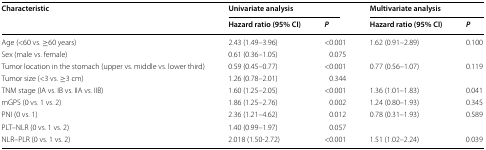
| <ROWSPAN=2> Characteristic | <COLSPAN=2> Univariate analysis | <COLSPAN=2> Multivariate analysis |
 | Hazard ratio (95% CI) | P | Hazard ratio (95% CI) | P |
 | --- | --- | --- | --- | --- |
 | Age (<60 vs. ≥60 years) | 2.43 (1.49–3.96) | <0.001 | 1.62 (0.91–2.89) | 0.100 |
 | Sex (male vs. female) | 0.61 (0.36–1.05) | 0.075 |  |  |
 | Tumor location in the stomach (upper vs. middle vs. lower third) | 0.59 (0.45–0.77) | <0.001 | 0.77 (0.56–1.07) | 0.119 |
 | Tumor size (<3 vs. ≥3 cm) | 1.26 (0.78–2.01) | 0.344 |  |  |
 | TNM stage (IA vs. IB vs. IIA vs. IIB) | 1.60 (1.25–2.05) | <0.001 | 1.36 (1.01–1.83) | 0.041 |
 | mGPS (0 vs. 1 vs. 2) | 1.86 (1.25–2.76) | 0.002 | 1.24 (0.80–1.93) | 0.345 |
 | PNI (0 vs. 1) | 2.36 (1.21–4.62) | 0.012 | 0.78 (0.31–1.93) | 0.589 |
 | PLT–NLR (0 vs. 1 vs. 2) | 1.40 (0.99–1.97) | 0.057 |  |  |
 | NLR–PLR (0 vs. 1 vs. 2) | 2.018 (1.50-2.72) | <0.001 | 1.51 (1.02–2.24) | 0.039 |